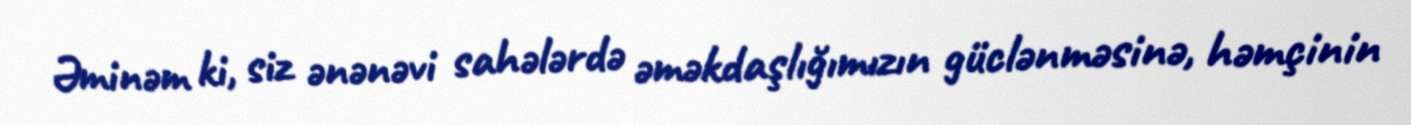
Əminəm ki, siz ənənəvi sahələrdə əməkdaşlığımızın güclənməsinə, həmçinin